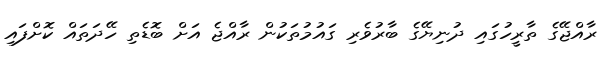
ރާއްޖޭގެ ތާރީހުގައި ދުނިޔޭގެ ބާރުވެރި ގައުމުތަކުން ރާއްޖެ އަށް ބޮޑެތި ހޭދަތައް ކޮށްފައި